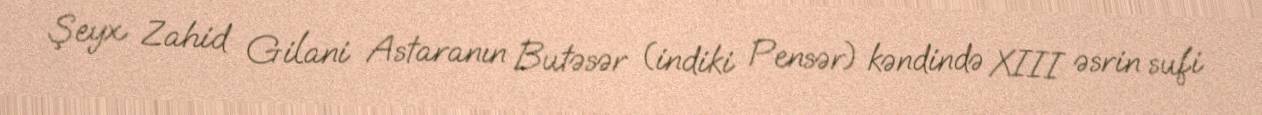
Şeyx Zahid Gilani Astaranın Butəsər (indiki Pensər) kəndində XIII əsrin sufi